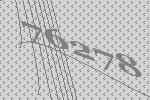
76278